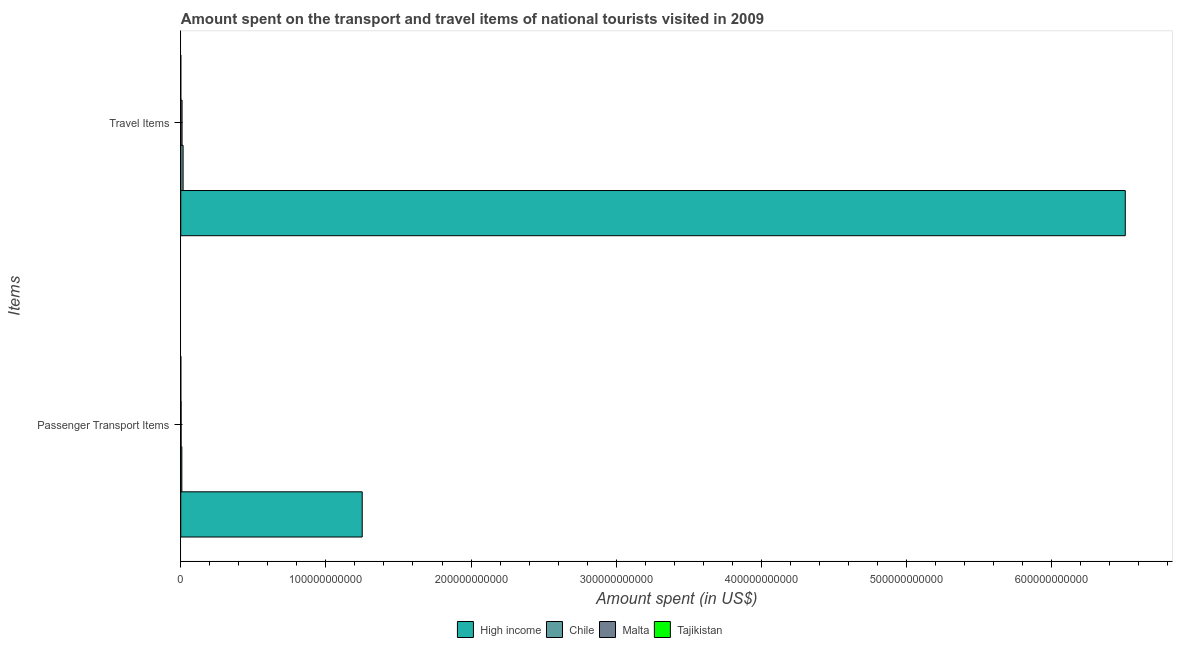
| Items | High income | Chile | Malta | Tajikistan |
 | --- | --- | --- | --- | --- |
 | Passenger Transport Items | 1.25e+11 | 7.46e+08 | 2.18e+08 | 1.71e+07 |
 | Travel Items | 6.51e+11 | 1.6e+09 | 8.99e+08 | 2.4e+06 |